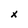
Character: x